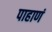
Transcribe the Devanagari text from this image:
पाहाणं